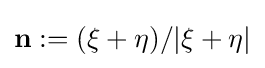
{\bf {{n}:=({\bf {\xi }}+{\bf {\eta }})/|{\bf {\xi }}+{\bf {\eta }}|}}